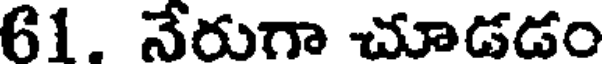
61. నేరుగా చూడడం